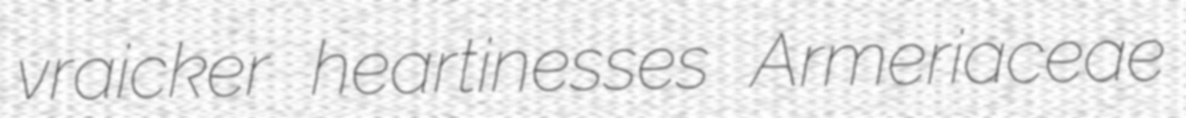
vraicker heartinesses Armeriaceae